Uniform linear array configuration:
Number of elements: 16
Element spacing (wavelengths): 1
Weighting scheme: hamming
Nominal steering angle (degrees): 30
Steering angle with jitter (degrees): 31.813
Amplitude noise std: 0.05
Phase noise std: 0.05

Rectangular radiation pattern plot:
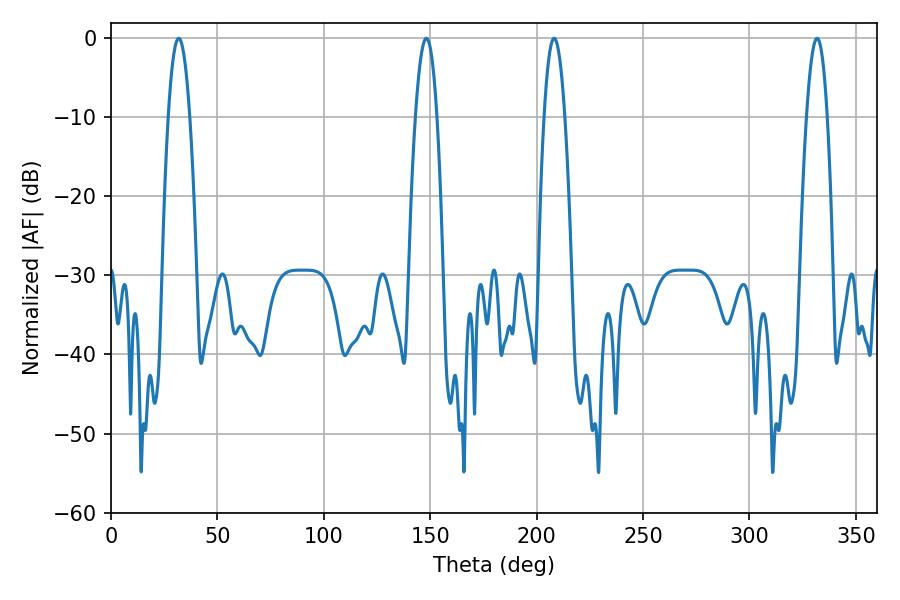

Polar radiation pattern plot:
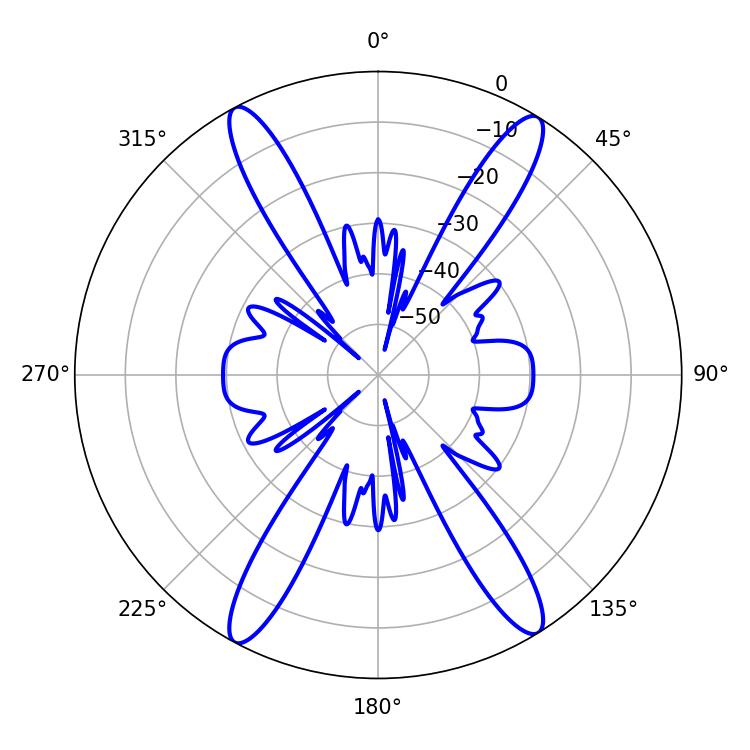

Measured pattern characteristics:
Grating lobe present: TRUE
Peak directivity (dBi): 21.281
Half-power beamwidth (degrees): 5.4
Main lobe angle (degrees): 208.26